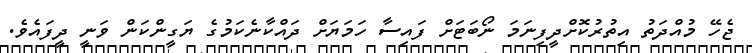
ޖެހޭ މުއްދަތު އިތުރުކޮށްދީފިނަމަ ނޯބަޓަށް ފައިސާ ހަމަޔަށް ދައްކާނެކަމުގެ ޔަގީންކަން ވަނީ ދީފައެވެ.